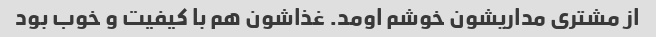
از مشتری مداریشون خوشم اومد. غذاشون هم با کیفیت و خوب بود